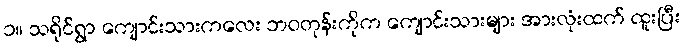
၁။ သရိုင်ရွာ ကျောင်းသားကလေး ဘဝတုန်းကိုက ကျောင်းသားများ အားလုံးထက် ထူးပြီး